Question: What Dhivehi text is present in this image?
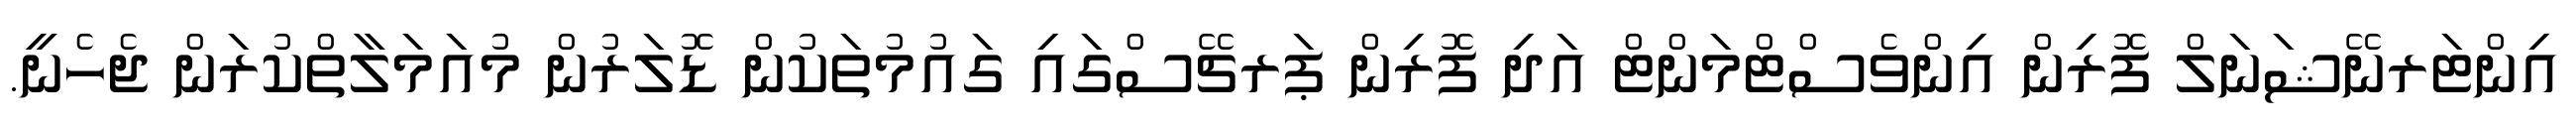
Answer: އިންޓަރނޭޝަނަލް ފޮރިން އިންވެސްޓްމަންޓް އަދި ފޮރިން ޕަރޗޭސްގައި ގައުމުތަކުން ޑޮލަރުން މުއަމަލާތްކުރަން ޖެހެނީ.